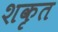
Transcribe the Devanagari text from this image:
शकृत